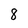
Character: 8